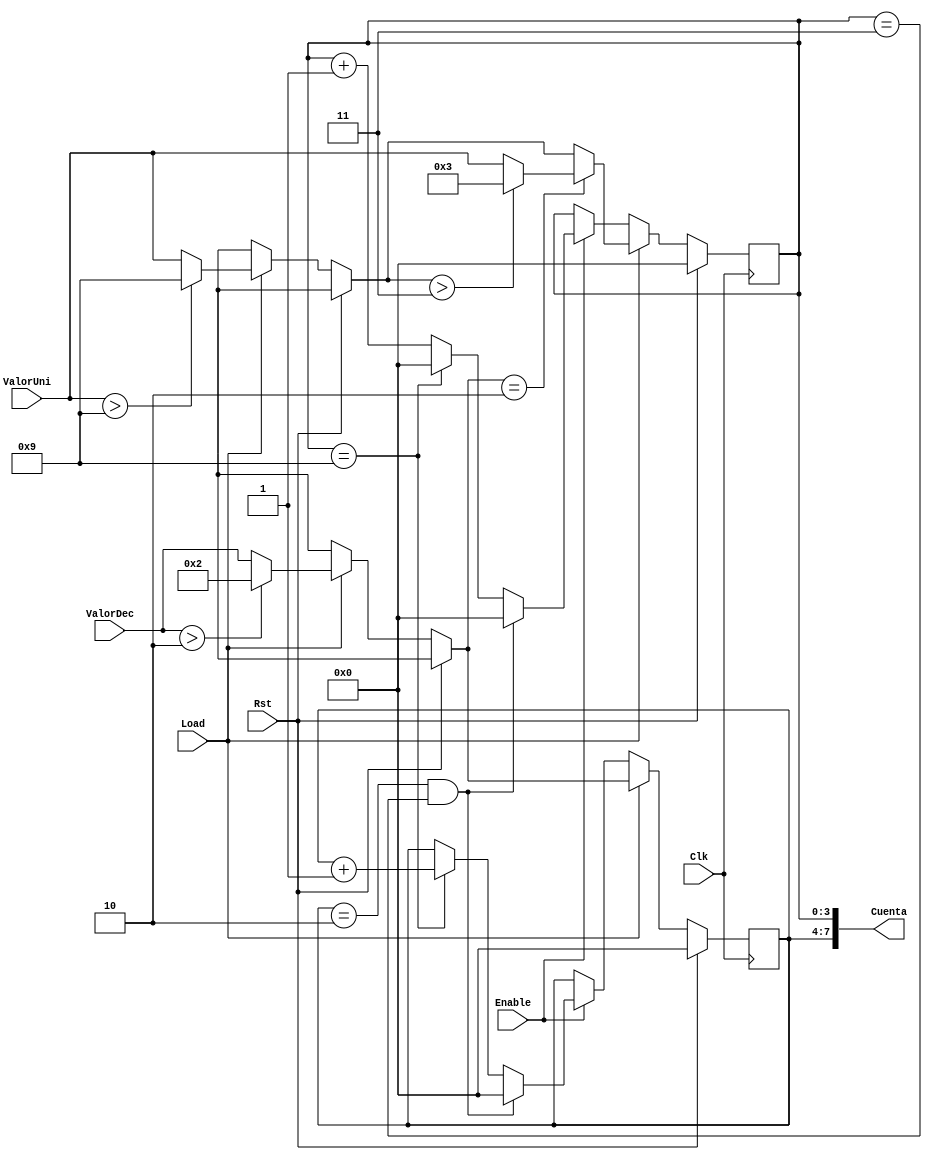
`timescale 1ns / 1ps
//////////////////////////////////////////////////////////////////////////////////
// Company: 
// Engineer: 
// 
// Design Name: 
// Module Name: Cont0a23
// Project Name: 
// Target Devices: 
// Tool Versions: 
// Description: 
// 
// Dependencies: 
// 
// Revision:
// Revision 0.01 - File Created
// Additional Comments:
// 
//////////////////////////////////////////////////////////////////////////////////


module Cont0a23(
    input Load,
    input Enable,
    input Rst,
    input Clk,
    input [3:0] ValorDec,
    input [3:0] ValorUni,
    output [7:0] Cuenta
    );
    
    reg [3:0] incDec = 0;
    reg [3:0] incUni = 0;
    always @(posedge Clk)
    begin
        if (Rst) begin
            incUni = 4'b0000;
            incDec = 4'b0000;
        end
        else if (Load) 
        begin
            incDec = ValorDec;
            incUni = ValorUni;
            if (incDec> 4'b0010) incDec= 4'b0010;
            if (incUni> 4'b1001) incUni= 4'b1001;
            if (incDec==4'b0010)incUni=(incUni>4'b0011)?4'b0011:ValorUni;
        end
        else
            if (Enable)
                if (incDec== 4'b0010 && incUni== 4'b0011) begin
                    incDec= 4'b0000;
                    incUni= 4'b0000;
                end
                else 
                begin
                    if (incUni== 4'b1001) begin
                        incUni= 0;
                        incDec= incDec + 1'b1;
                    end
                    else
                        incUni= incUni + 1'b1;
                end
    end
    
    assign Cuenta[7:4] = incDec;
    assign Cuenta[3:0] = incUni;
    
endmodule